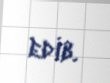
edib.